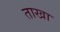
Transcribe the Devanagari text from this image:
ताखा